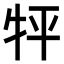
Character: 𤘾